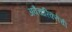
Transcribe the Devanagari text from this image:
अवैचारिकतेची